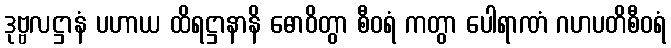
ဒုဗ္ဗလဋ္ဌာနံ ပဟာယ ထိရဋ္ဌာနာနိ ဓောဝိတွာ စီဝရံ ကတွာ ပေါရာဏံ ဂဟပတိစီဝရံ